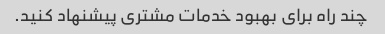
چند راه برای بهبود خدمات مشتری پیشنهاد کنید.